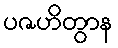
ပဇဟိတွာန